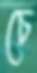
চে